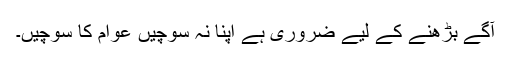
آگے بڑھنے کے لیے ضروری ہے اپنا نہ سوچیں عوام کا سوچیں۔